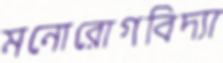
মনোরোগবিদ্যা